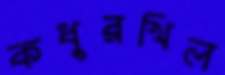
কধুরখিল